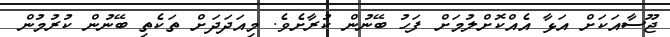
ޖޫސާއަކަށް އަޅާ އެއްކޮށްލުމަށް ފަހު ބޭނުން ކުރާށެވެ. މިއަދަދަށް ތަކެތި ބޭނުން ކުރުމުން